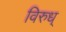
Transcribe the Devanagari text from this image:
विरुध्